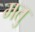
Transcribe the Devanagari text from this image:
मतु